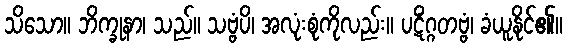
သိသော။ ဘိက္ခုနာ၊ သည်။ သဗ္ဗံပိ၊ အလုံးစုံကိုလည်း။ ပဋိံဂ္ဂတဗ္ဗံ၊ ခံယူနိုင်၏။